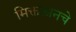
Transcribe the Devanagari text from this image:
मिक्तलानचे